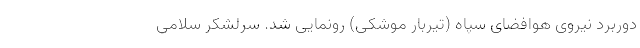
دوربرد نیروی هوافضای سپاه (تیربار موشکی) رونمایی شد. سرلشکر سلامی